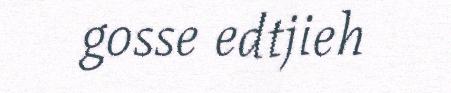
gosse edtjieh